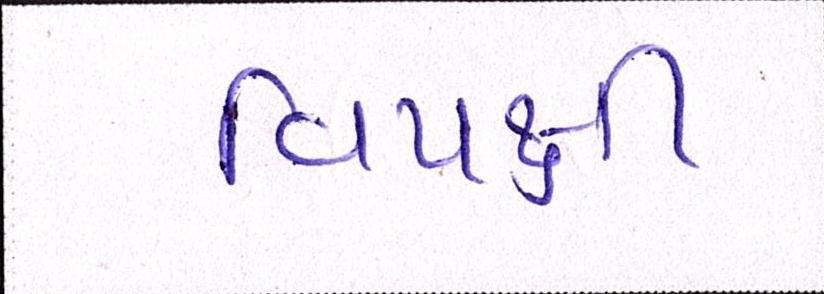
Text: વિપક્ષી